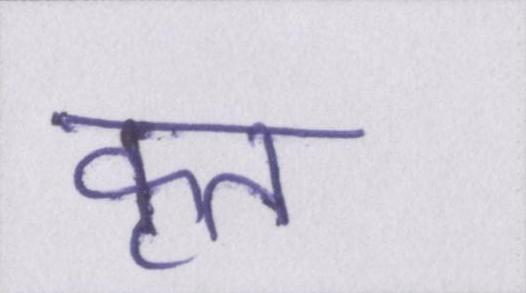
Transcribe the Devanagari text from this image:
कृत